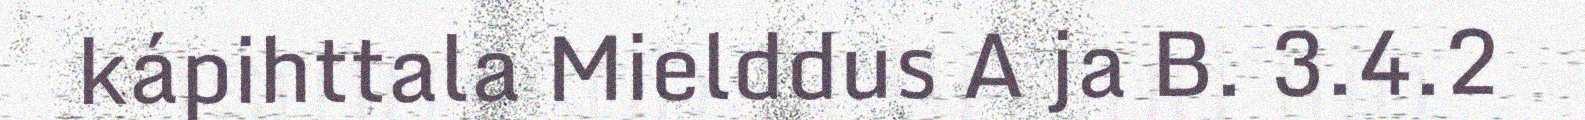
kápihttala Mielddus A ja B. 3.4.2